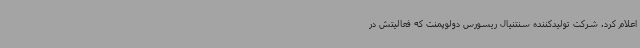
اعلام کرد. شرکت تولیدکننده سنتنیال ریسورس دولوپمنت که فعالیتش در